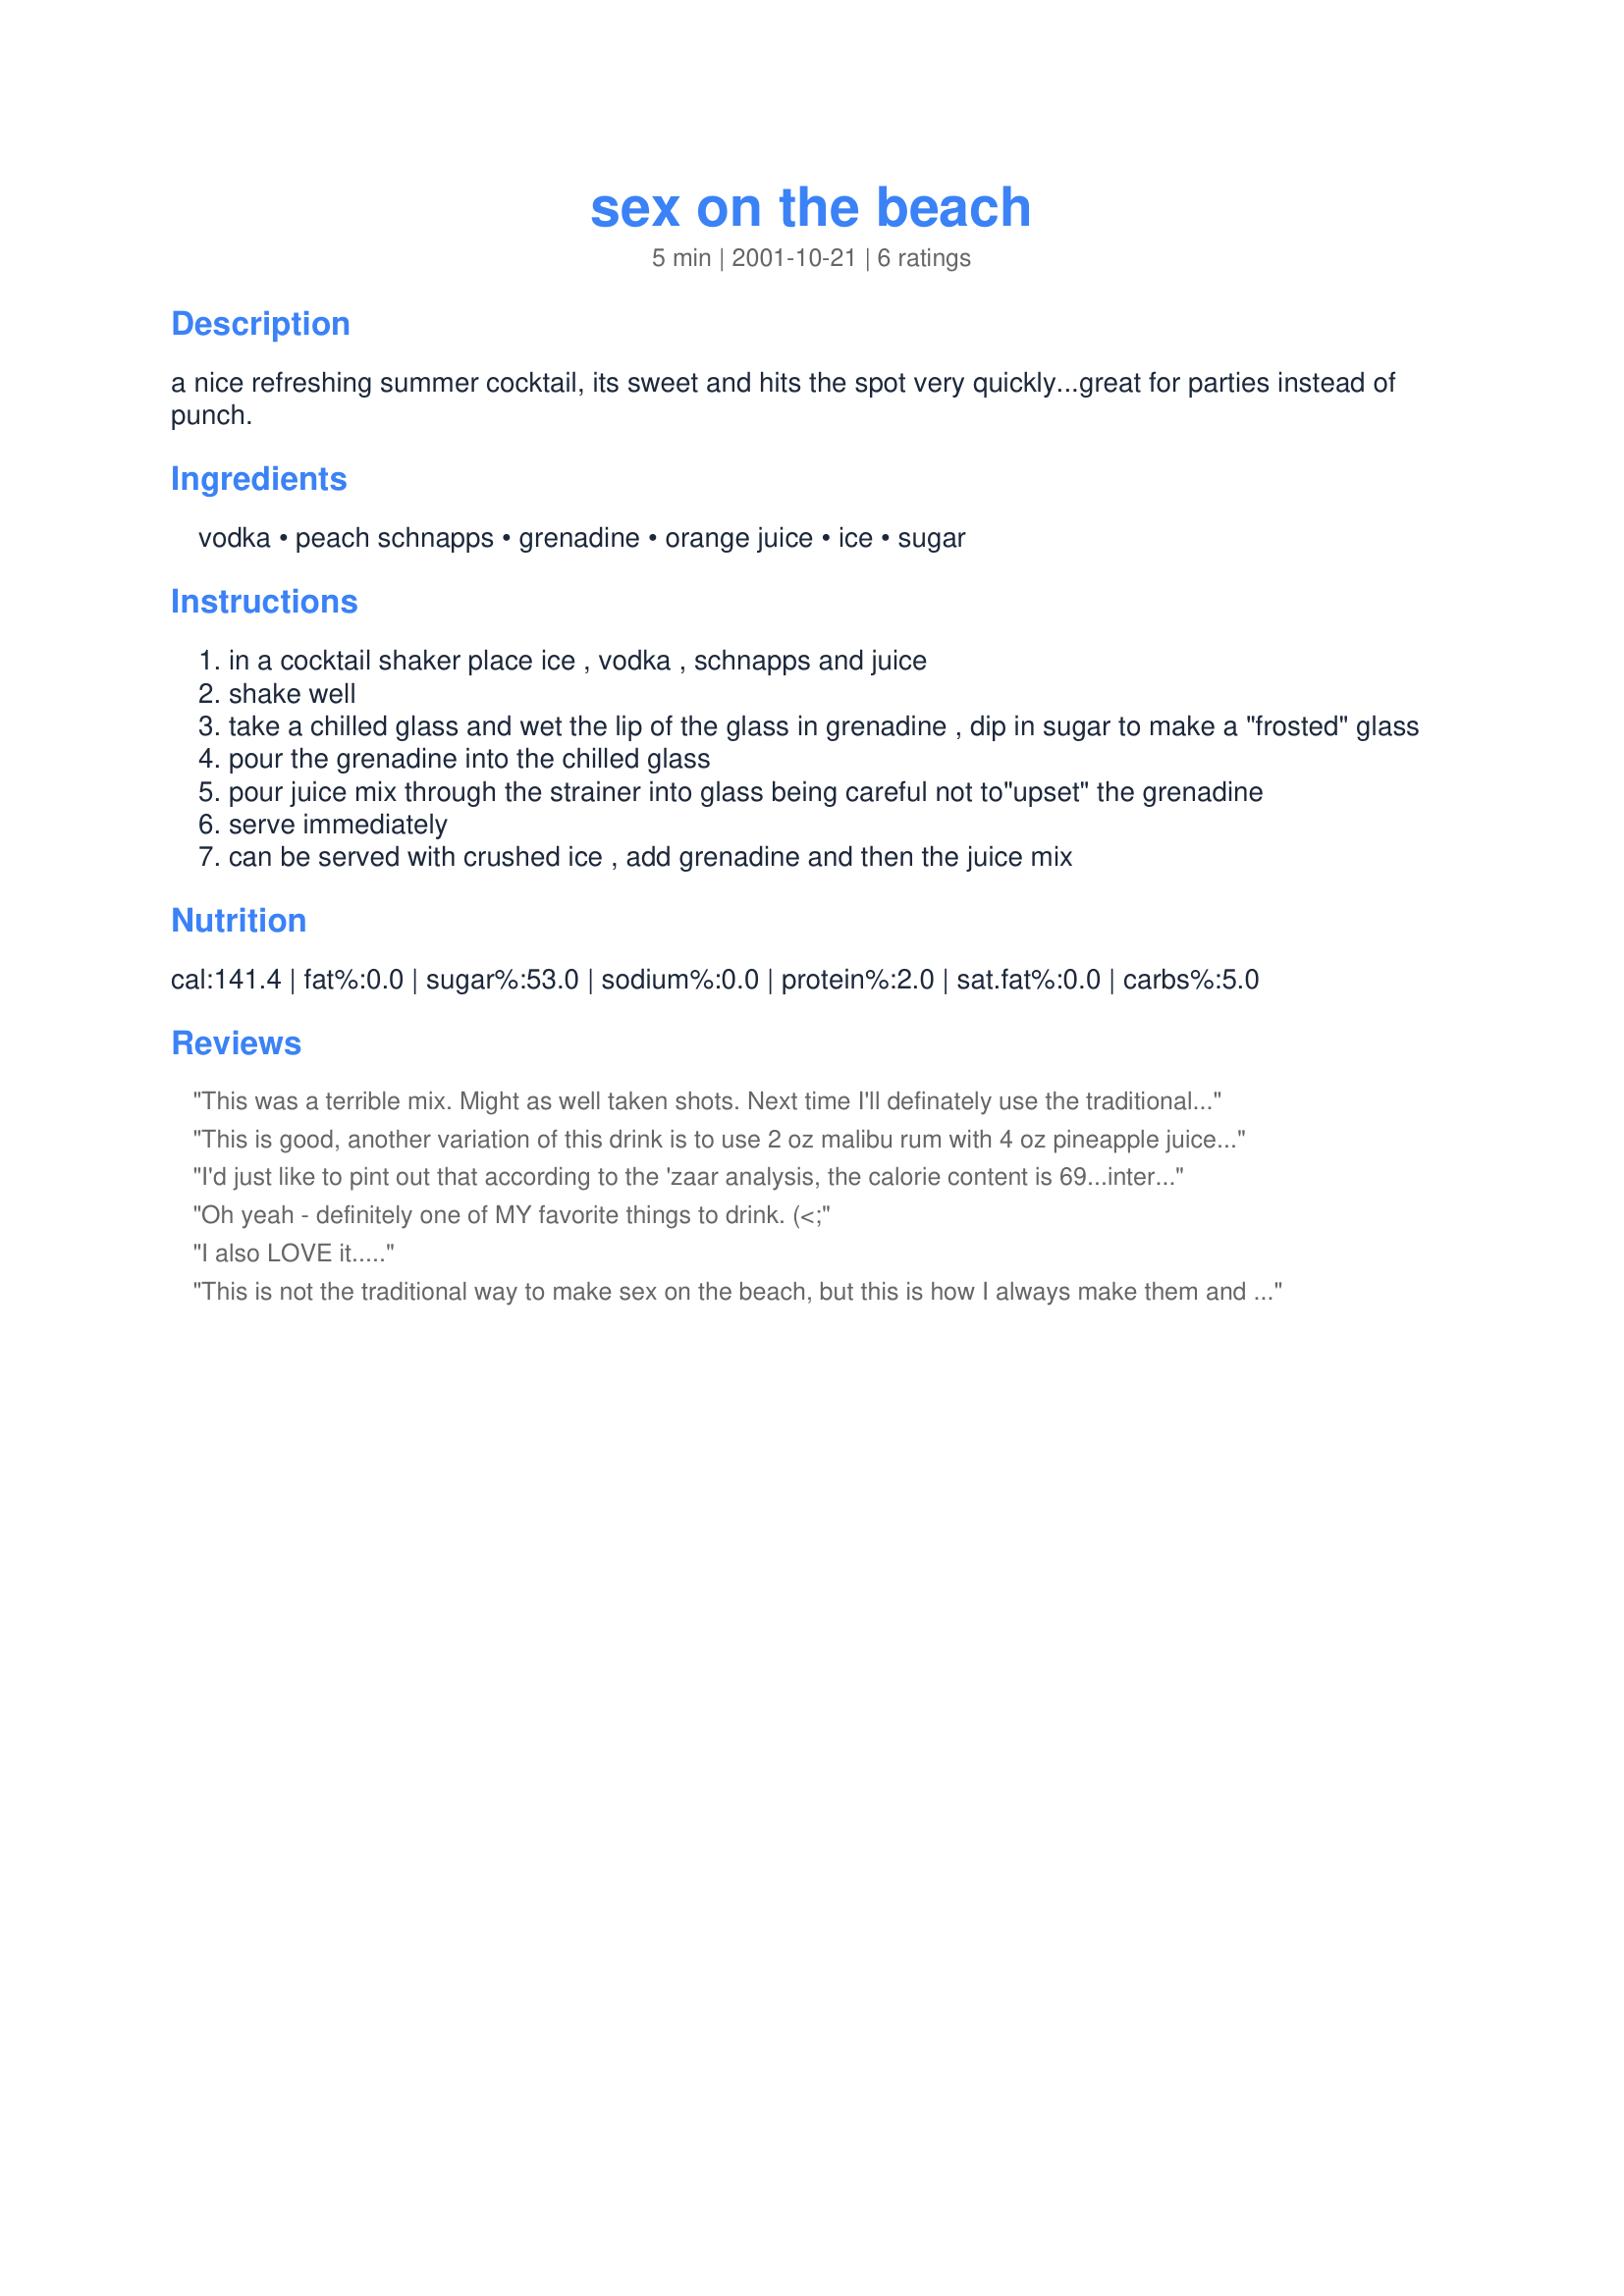
sex on the beach
Preparation time: 5 minutes

a nice refreshing summer cocktail, its sweet and hits the spot very quickly...great for parties instead of punch.

Ingredients:
vodka, peach schnapps, grenadine, orange juice, ice, sugar

Steps:
in a cocktail shaker place ice , vodka , schnapps and juice
shake well
take a chilled glass and wet the lip of the glass in grenadine , dip in sugar to make a "frosted" glass
pour the grenadine into the chilled glass
pour juice mix through the strainer into glass being careful not to"upset" the grenadine
serve immediately
can be served with crushed ice , add grenadine and then the juice mix

Reviews:
This was a terrible mix. Might as well taken shots. Next time I'll definately use the traditional mix.
This is good, another variation of this drink is to use 2 oz malibu rum with 4 oz pineapple juice. Add a touch of grenadine. Perfect!
I'd just like to pint out that according to the 'zaar analysis, the calorie content is 69...interesting coincidence
Oh yeah - definitely one of MY favorite things to drink. (<;
I also LOVE it.....
This is not the traditional way to make sex on the beach, but this is how I always make them and request them be made when I go out...MUCH better than the recipe that uses cranberry juice. I like my drinks sweet, so I also add some pineapple juice to it. Delicious!
